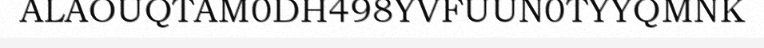
ALAOUQTAM0DH498YVFUUN0TYYQMNK